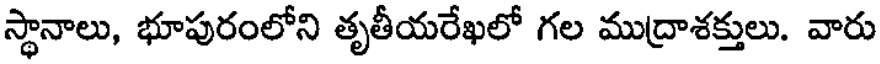
స్థానాలు, భూపురంలోని తృతీయరేఖలో గల ముద్రాశక్తులు. వారు